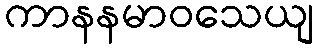
ကာနနမာဝသေယျ